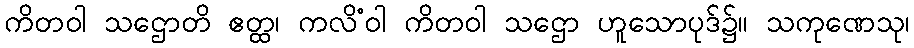
ကိတဝါ သဌောတိ ဧတ္ထ၊ ကလိံဝါ ကိတဝါ သဌော ဟူသောပုဒ်၌။ သကုဏေသု၊